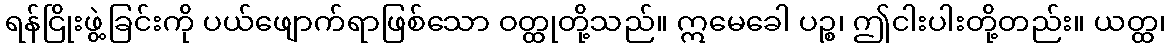
ရန်ငြိုးဖွဲ့ခြင်းကို ပယ်ဖျောက်ရာဖြစ်သော ဝတ္ထုတို့သည်။ ဣမေခေါ ပဉ္စ၊ ဤငါးပါးတို့တည်း။ ယတ္ထ၊